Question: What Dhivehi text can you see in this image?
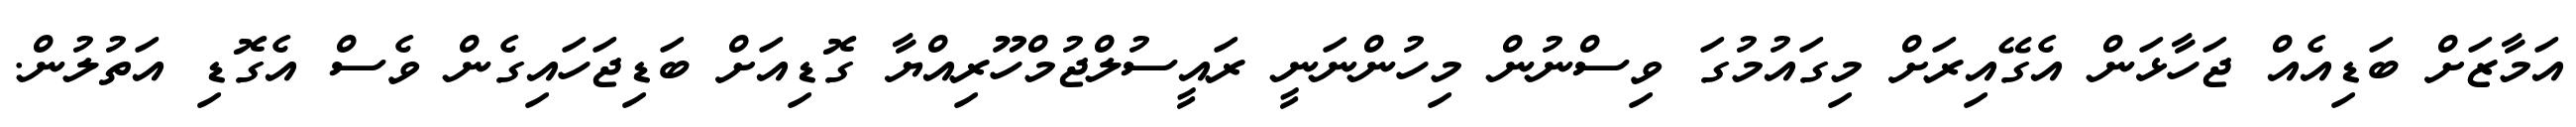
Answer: އަމާޒަށް ބަޑިއެއް ޖަހާޅަން އެގޭއިރަށް މިގައުމުގަ ވިސްނުން މިހުންނަނީ ރައީސުލްޖުމްހޫރިއްޔާ ގޮޑިއަށް ބަޑިޖަހައިގެން ވެސް އެގޮޑި އަތުލުން.